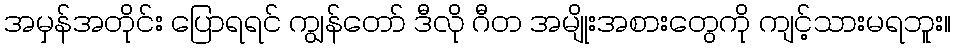
အမှန်အတိုင်း ပြောရရင် ကျွန်တော် ဒီလို ဂီတ အမျိုးအစားတွေကို ကျင့်သားမရဘူး။